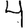
Digit: 4